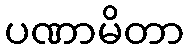
ပဏာမိတာ